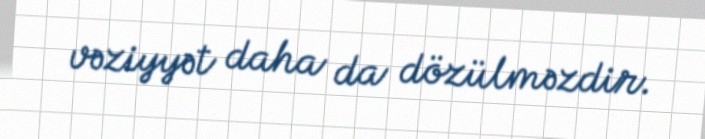
vəziyyət daha da dözülməzdir.